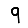
Digit: 9